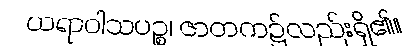
ယရာဝါသပဉ္စ၊ ဇာတက၌လည်းရှိ၏။